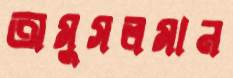
অমুসলমান